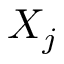
X _ { j }